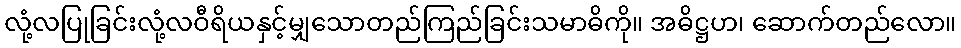
လုံ့လပြုခြင်းလုံ့လဝီရိယနှင့်မျှသောတည်ကြည်ခြင်းသမာဓိကို။ အဓိဋ္ဌဟ၊ ဆောက်တည်လော။